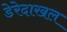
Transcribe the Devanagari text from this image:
डेरेदाखल